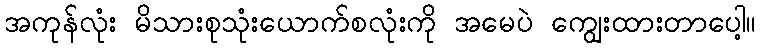
အကုန်လုံး မိသားစုသုံးယောက်စလုံးကို အမေပဲ ကျွေးထားတာပေါ့။